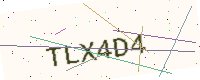
Text: TLX4D4